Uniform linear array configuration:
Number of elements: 8
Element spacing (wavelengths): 1
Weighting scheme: exponential
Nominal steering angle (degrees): -15
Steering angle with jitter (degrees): -13.113
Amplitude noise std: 0.05
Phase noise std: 0.05

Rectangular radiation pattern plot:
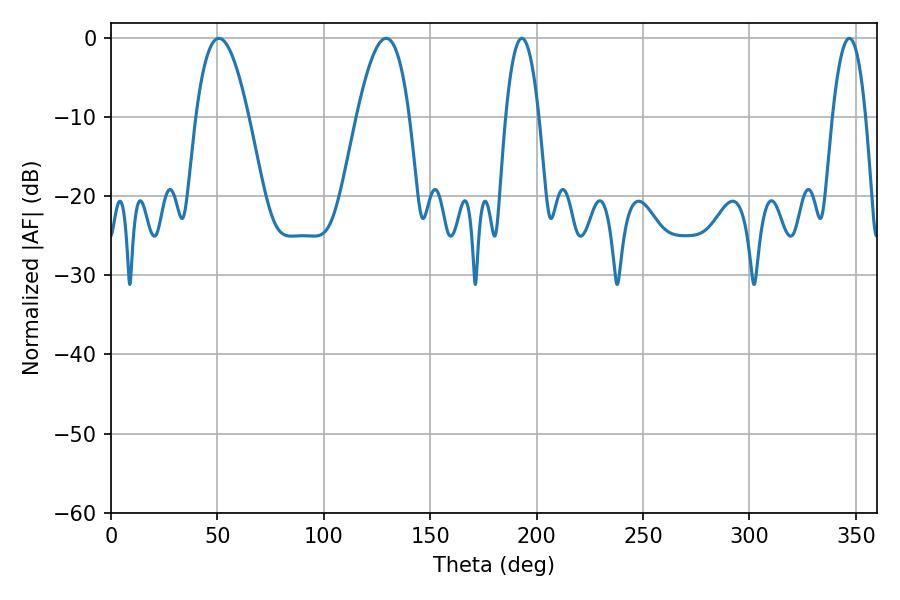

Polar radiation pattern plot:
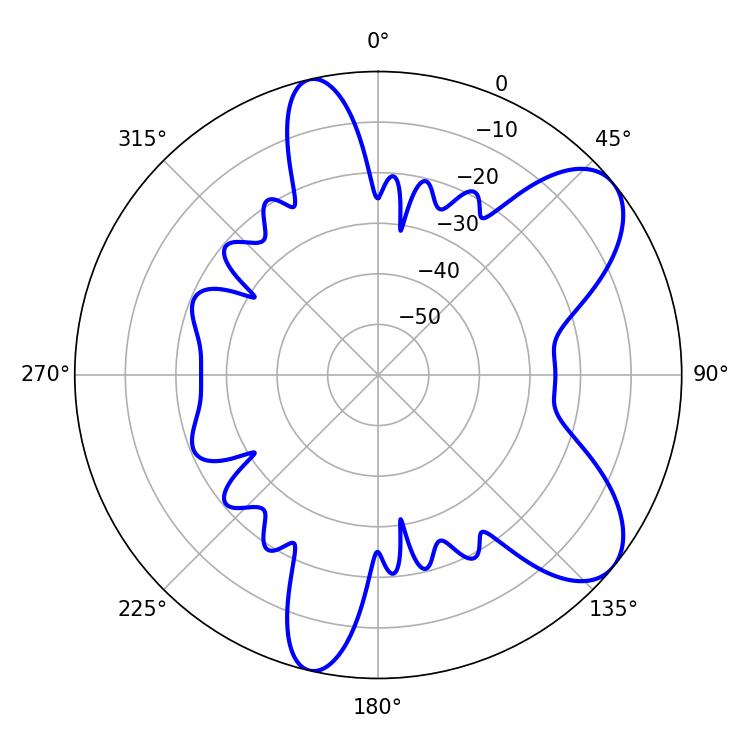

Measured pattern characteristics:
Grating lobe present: TRUE
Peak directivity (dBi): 7.955
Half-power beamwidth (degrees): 13.5
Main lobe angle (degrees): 50.76